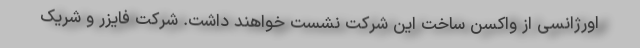
اورژانسی از واکسن ساخت این شرکت نشست خواهند داشت. شرکت فایزر و شریک